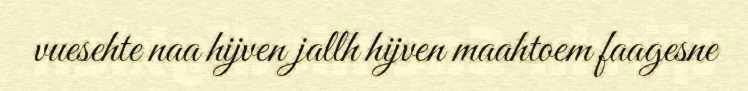
vuesehte naa hijven jallh hijven maahtoem faagesne